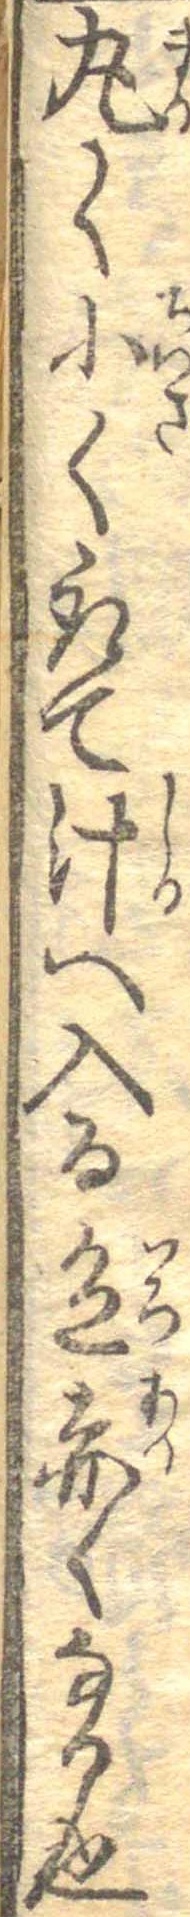
丸く小く取て汁へ入る色赤くなる也